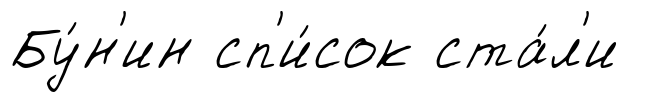
Бу́н'ин сп'и́сок ста́л'и